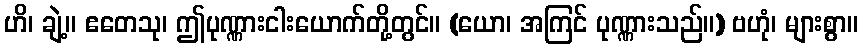
ဟိ၊ ချဲ့။ ဧတေသု၊ ဤပုဏ္ဏားငါးယောက်တို့တွင်။ (ယော၊ အကြင် ပုဏ္ဏားသည်။) ဗဟုံ၊ များစွာ။